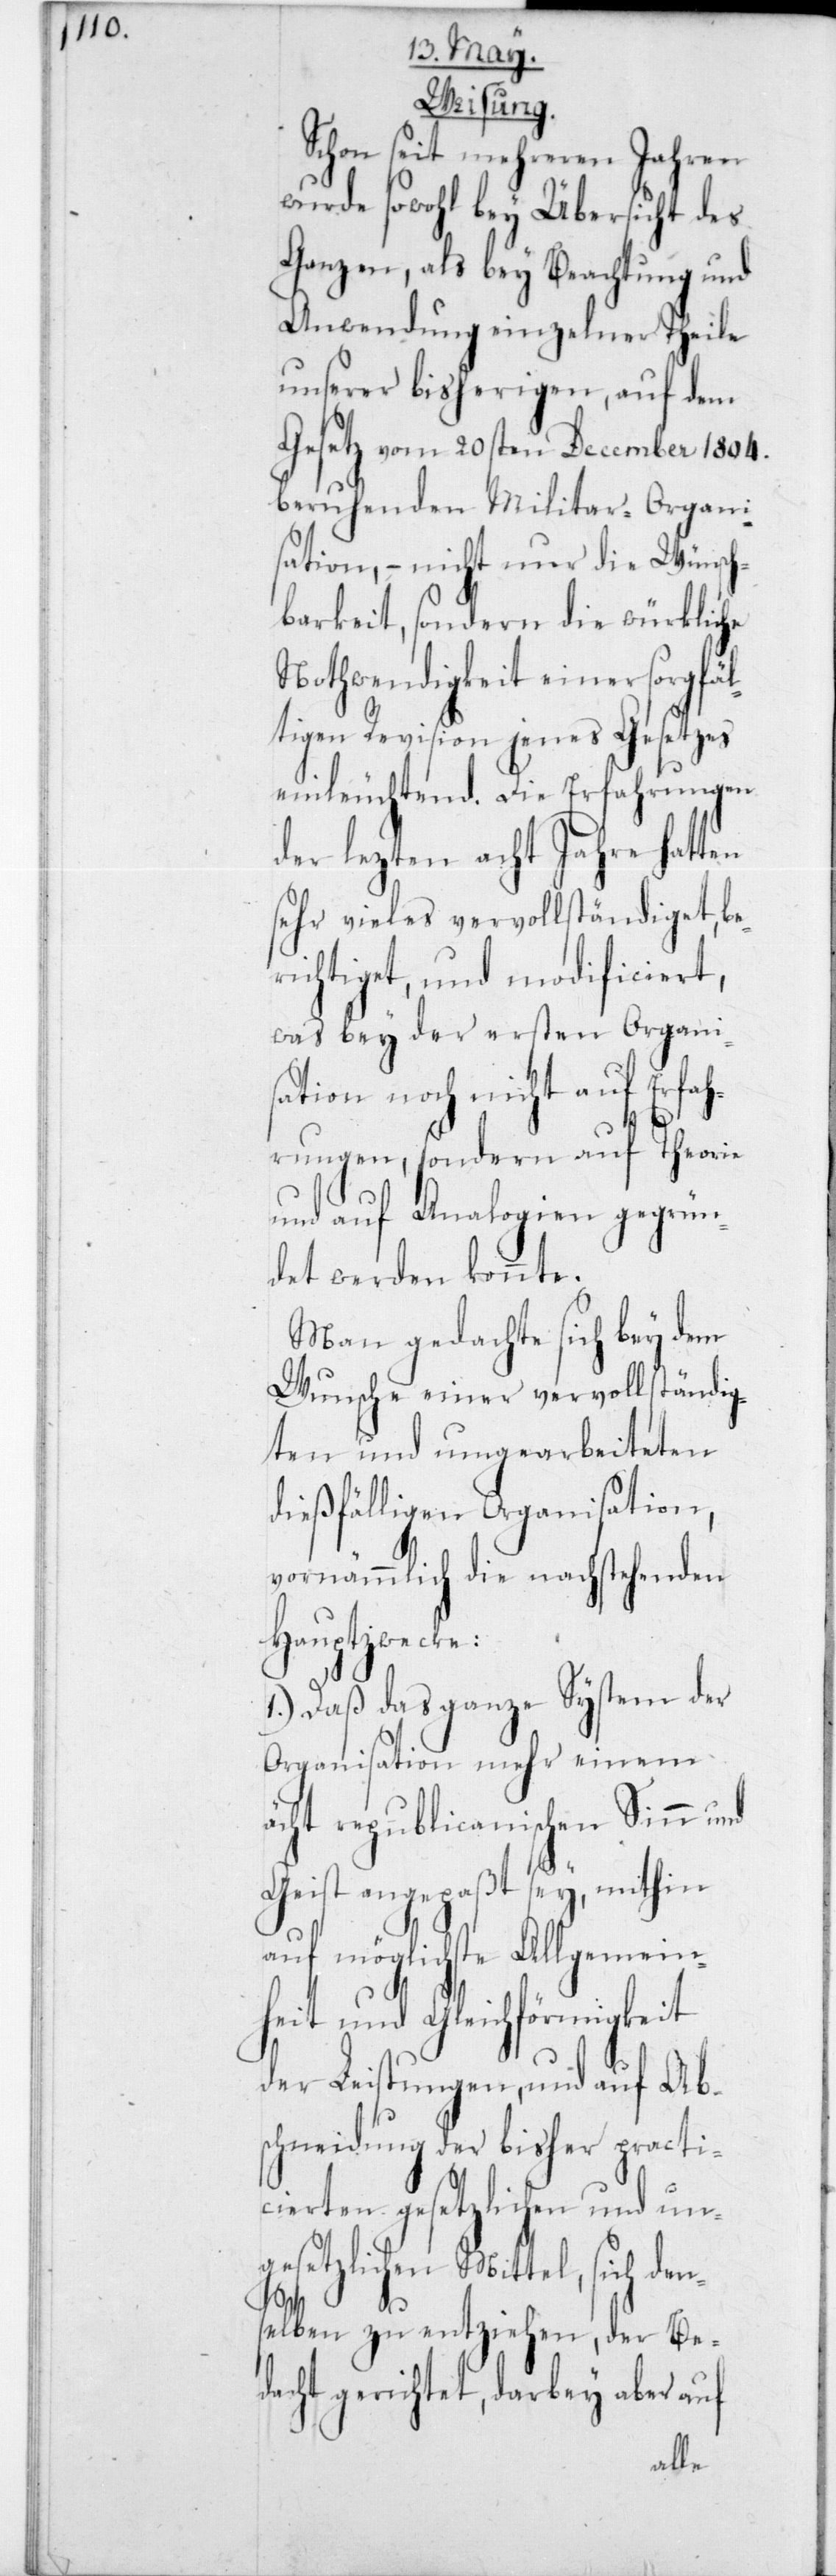
Weisung.
Schon seit mehreren Jahren
wurde sowohl bey Übersicht des
Ganzen, als bey Beachtung und
Anwendung einzelner Theile
unserer bisherigen, auf dem
Gesetz vom 20sten December 1804
beruhenden Militar-Organi¬
sation, – nicht nur die Wünsch¬
barkeit, sondern die würkliche
Nothwendigkeit einer sorgfäl¬
tigen Revision jenes Gesetzes
einleuchtend. Die Erfahrungen
der lezten acht Jahre hatten
sehr vieles vervollständiget, be¬
richtiget, und modificiert,
was bey der ersten Organis¬
ation noch nicht auf Erfa¬
hrungen, sondern auf Theorie
und auf Analogien gegrün¬
det werden konnte.
Man gedachte sich bey dem
Wunsche einer vervollständig¬
ten und umgearbeiteten
dießfälligen Organisation,
vornämmlich die nachstehenden
Hauptzwecke:
1.) Daß das ganze System der
Organisation mehr einem
ächt republicanischen Sinn und
Geist angepaßt sey, mithin
auf möglichste Allgemein¬
heit und Gleichförmigkeit
der Leistungen, und auf Abs¬
chneidung der bisher practi¬
cierten gesetzlichen und un¬
gesetzlichen Mittel, sich den¬
selben zu entziehen, der Be¬
dacht gerichtet, darbey aber auf